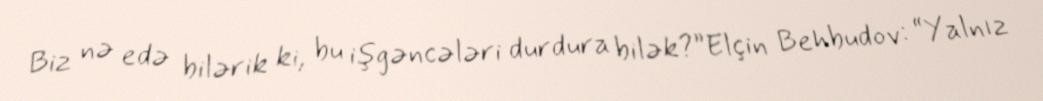
Biz nə edə bilərik ki, bu işgəncələri durdura bilək?”Elçin Behbudov: “Yalnız